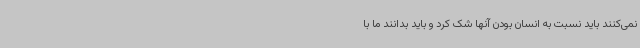
نمی‌کنند باید نسبت به انسان بودن آنها شک کرد و باید بدانند ما با